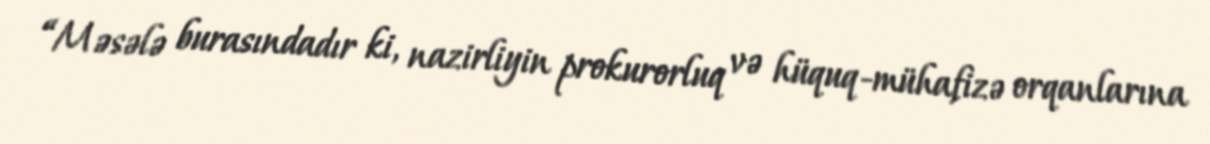
“Məsələ burasındadır ki, nazirliyin prokurorluq və hüquq-mühafizə orqanlarına